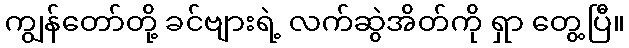
ကျွန်တော်တို့ ခင်ဗျားရဲ့ လက်ဆွဲအိတ်ကို ရှာ တွေ့ပြီ။